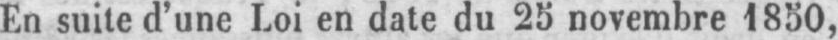
En suite d’une Loi en date du 25 novembre 1850,